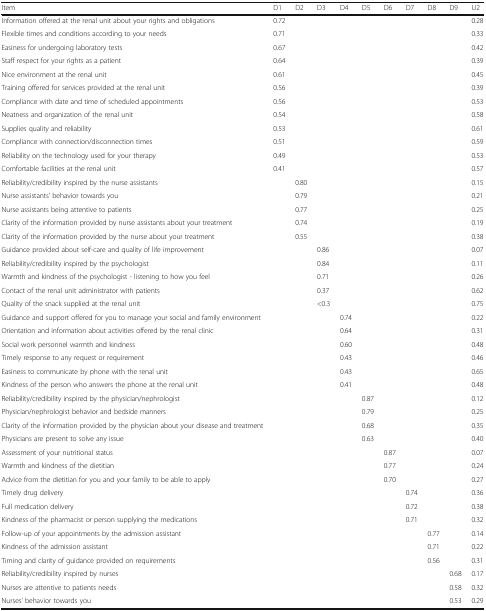
<table><thead><tr><td><b>Item</b></td><td><b>D1</b></td><td><b>D2</b></td><td><b>D3</b></td><td><b>D4</b></td><td><b>D5</b></td><td><b>D6</b></td><td><b>D7</b></td><td><b>D8</b></td><td><b>D9</b></td><td><b>U2</b></td></tr></thead><tbody><tr><td>Information offered at the renal unit about your rights and obligations</td><td>0.72</td><td></td><td></td><td></td><td></td><td></td><td></td><td></td><td></td><td>0.28</td></tr><tr><td>Flexible times and conditions according to your needs</td><td>0.71</td><td></td><td></td><td></td><td></td><td></td><td></td><td></td><td></td><td>0.33</td></tr><tr><td>Easiness for undergoing laboratory tests</td><td>0.67</td><td></td><td></td><td></td><td></td><td></td><td></td><td></td><td></td><td>0.42</td></tr><tr><td>Staff respect for your rights as a patient</td><td>0.64</td><td></td><td></td><td></td><td></td><td></td><td></td><td></td><td></td><td>0.39</td></tr><tr><td>Nice environment at the renal unit</td><td>0.61</td><td></td><td></td><td></td><td></td><td></td><td></td><td></td><td></td><td>0.45</td></tr><tr><td>Training offered for services provided at the renal unit</td><td>0.56</td><td></td><td></td><td></td><td></td><td></td><td></td><td></td><td></td><td>0.39</td></tr><tr><td>Compliance with date and time of scheduled appointments</td><td>0.56</td><td></td><td></td><td></td><td></td><td></td><td></td><td></td><td></td><td>0.53</td></tr><tr><td>Neatness and organization of the renal unit</td><td>0.54</td><td></td><td></td><td></td><td></td><td></td><td></td><td></td><td></td><td>0.58</td></tr><tr><td>Supplies quality and reliability</td><td>0.53</td><td></td><td></td><td></td><td></td><td></td><td></td><td></td><td></td><td>0.61</td></tr><tr><td>Compliance with connection/disconnection times</td><td>0.51</td><td></td><td></td><td></td><td></td><td></td><td></td><td></td><td></td><td>0.59</td></tr><tr><td>Reliability on the technology used for your therapy</td><td>0.49</td><td></td><td></td><td></td><td></td><td></td><td></td><td></td><td></td><td>0.53</td></tr><tr><td>Comfortable facilities at the renal unit</td><td>0.41</td><td></td><td></td><td></td><td></td><td></td><td></td><td></td><td></td><td>0.57</td></tr><tr><td>Reliability/credibility inspired by the nurse assistants</td><td></td><td>0.80</td><td></td><td></td><td></td><td></td><td></td><td></td><td></td><td>0.15</td></tr><tr><td>Nurse assistants’ behavior towards you</td><td></td><td>0.79</td><td></td><td></td><td></td><td></td><td></td><td></td><td></td><td>0.21</td></tr><tr><td>Nurse assistants being attentive to patients</td><td></td><td>0.77</td><td></td><td></td><td></td><td></td><td></td><td></td><td></td><td>0.25</td></tr><tr><td>Clarity of the information provided by nurse assistants about your treatment</td><td></td><td>0.74</td><td></td><td></td><td></td><td></td><td></td><td></td><td></td><td>0.19</td></tr><tr><td>Clarity of the information provided by the nurse about your treatment</td><td></td><td>0.55</td><td></td><td></td><td></td><td></td><td></td><td></td><td></td><td>0.38</td></tr><tr><td>Guidance provided about self-care and quality of life improvement</td><td></td><td></td><td>0.86</td><td></td><td></td><td></td><td></td><td></td><td></td><td>0.07</td></tr><tr><td>Reliability/credibility inspired by the psychologist</td><td></td><td></td><td>0.84</td><td></td><td></td><td></td><td></td><td></td><td></td><td>0.11</td></tr><tr><td>Warmth and kindness of the psychologist - listening to how you feel</td><td></td><td></td><td>0.71</td><td></td><td></td><td></td><td></td><td></td><td></td><td>0.26</td></tr><tr><td>Contact of the renal unit administrator with patients</td><td></td><td></td><td>0.37</td><td></td><td></td><td></td><td></td><td></td><td></td><td>0.62</td></tr><tr><td>Quality of the snack supplied at the renal unit</td><td></td><td></td><td>&lt;0.3</td><td></td><td></td><td></td><td></td><td></td><td></td><td>0.75</td></tr><tr><td>Guidance and support offered for you to manage your social and family environment</td><td></td><td></td><td></td><td>0.74</td><td></td><td></td><td></td><td></td><td></td><td>0.22</td></tr><tr><td>Orientation and information about activities offered by the renal clinic</td><td></td><td></td><td></td><td>0.64</td><td></td><td></td><td></td><td></td><td></td><td>0.31</td></tr><tr><td>Social work personnel warmth and kindness</td><td></td><td></td><td></td><td>0.60</td><td></td><td></td><td></td><td></td><td></td><td>0.48</td></tr><tr><td>Timely response to any request or requirement</td><td></td><td></td><td></td><td>0.43</td><td></td><td></td><td></td><td></td><td></td><td>0.46</td></tr><tr><td>Easiness to communicate by phone with the renal unit</td><td></td><td></td><td></td><td>0.43</td><td></td><td></td><td></td><td></td><td></td><td>0.65</td></tr><tr><td>Kindness of the person who answers the phone at the renal unit</td><td></td><td></td><td></td><td>0.41</td><td></td><td></td><td></td><td></td><td></td><td>0.48</td></tr><tr><td>Reliability/credibility inspired by the physician/nephrologist</td><td></td><td></td><td></td><td></td><td>0.87</td><td></td><td></td><td></td><td></td><td>0.12</td></tr><tr><td>Physician/nephrologist behavior and bedside manners</td><td></td><td></td><td></td><td></td><td>0.79</td><td></td><td></td><td></td><td></td><td>0.25</td></tr><tr><td>Clarity of the information provided by the physician about your disease and treatment</td><td></td><td></td><td></td><td></td><td>0.68</td><td></td><td></td><td></td><td></td><td>0.35</td></tr><tr><td>Physicians are present to solve any issue</td><td></td><td></td><td></td><td></td><td>0.63</td><td></td><td></td><td></td><td></td><td>0.40</td></tr><tr><td>Assessment of your nutritional status</td><td></td><td></td><td></td><td></td><td></td><td>0.87</td><td></td><td></td><td></td><td>0.07</td></tr><tr><td>Warmth and kindness of the dietitian</td><td></td><td></td><td></td><td></td><td></td><td>0.77</td><td></td><td></td><td></td><td>0.24</td></tr><tr><td>Advice from the dietitian for you and your family to be able to apply</td><td></td><td></td><td></td><td></td><td></td><td>0.70</td><td></td><td></td><td></td><td>0.27</td></tr><tr><td>Timely drug delivery</td><td></td><td></td><td></td><td></td><td></td><td></td><td>0.74</td><td></td><td></td><td>0.36</td></tr><tr><td>Full medication delivery</td><td></td><td></td><td></td><td></td><td></td><td></td><td>0.72</td><td></td><td></td><td>0.38</td></tr><tr><td>Kindness of the pharmacist or person supplying the medications</td><td></td><td></td><td></td><td></td><td></td><td></td><td>0.71</td><td></td><td></td><td>0.32</td></tr><tr><td>Follow-up of your appointments by the admission assistant</td><td></td><td></td><td></td><td></td><td></td><td></td><td></td><td>0.77</td><td></td><td>0.14</td></tr><tr><td>Kindness of the admission assistant</td><td></td><td></td><td></td><td></td><td></td><td></td><td></td><td>0.71</td><td></td><td>0.22</td></tr><tr><td>Timing and clarity of guidance provided on requirements</td><td></td><td></td><td></td><td></td><td></td><td></td><td></td><td>0.56</td><td></td><td>0.31</td></tr><tr><td>Reliability/credibility inspired by nurses</td><td></td><td></td><td></td><td></td><td></td><td></td><td></td><td></td><td>0.68</td><td>0.17</td></tr><tr><td>Nurses are attentive to patients needs</td><td></td><td></td><td></td><td></td><td></td><td></td><td></td><td></td><td>0.58</td><td>0.32</td></tr><tr><td>Nurses’ behavior towards you</td><td></td><td></td><td></td><td></td><td></td><td></td><td></td><td></td><td>0.53</td><td>0.29</td></tr></tbody></table>